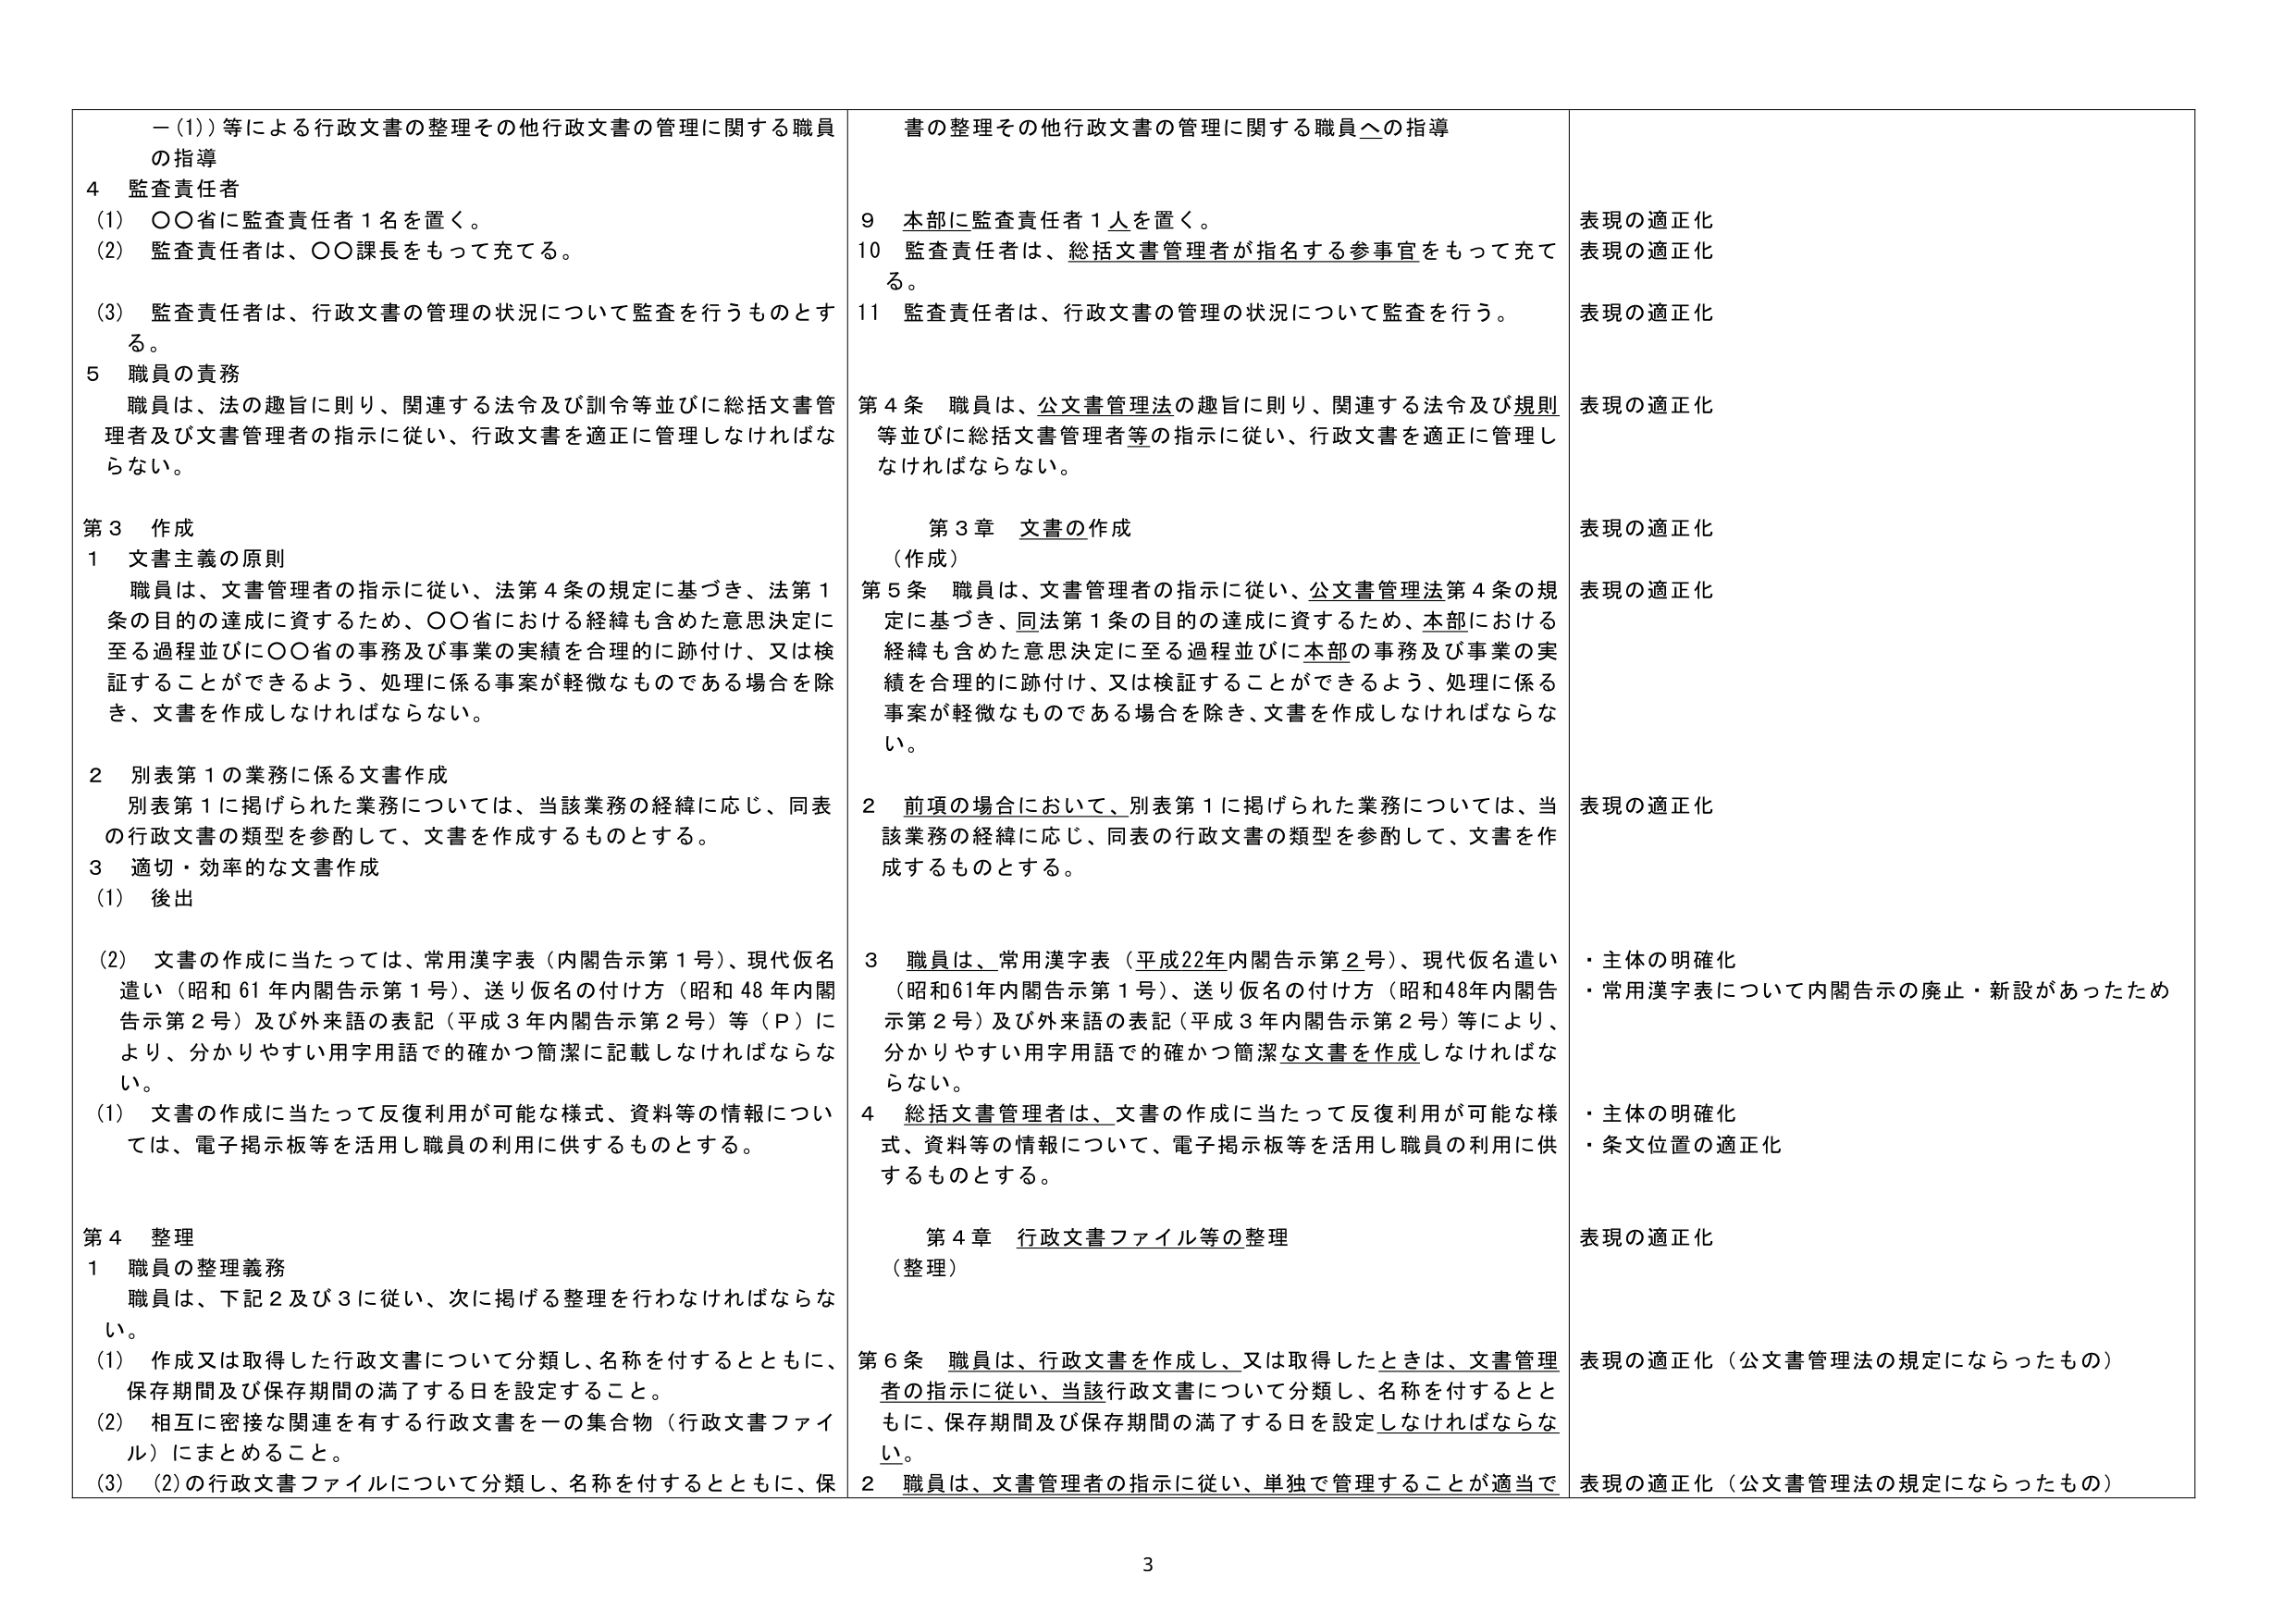
－(1)) 等による行政文書の整理その他行政文書の管理に関する職員の指導
4 監査責任者
(1) ○○省に監査責任者1名を置く。
(2) 監査責任者は、○○課長をもって充てる。
(3) 監査責任者は、行政文書の管理の状況について監査を行うものとする。
5 職員の責務
職員は、法の趣旨に則り、関連する法令及び訓令等並びに総括文書管理者及び文書管理者の指示に従い、行政文書を適正に管理しなければならない。

第3 作成
1 文書主義の原則
職員は、文書管理者の指示に従い、法第4条の規定に基づき、法第1条の目的の達成に資するため、○○省における経緯も含めた意思決定に至る過程並びに○○省の事務及び事業の実績を合理的に跡付け、又は検証することができるよう、処理に係る事案が軽微なものである場合を除き、文書を作成しなければならない。
2 別表第1の業務に係る文書作成
別表第1に掲げられた業務については、当該業務の経緯に応じ、同表の行政文書の類型を参酌して、文書を作成するものとする。
3 適切・効率的な文書作成
(1) 後出
(2) 文書の作成に当たっては、常用漢字表（内閣告示第1号）、現代仮名遣い（昭和61年内閣告示第1号）、送り仮名の付け方（昭和48年内閣告示第2号）及び外来語の表記（平成3年内閣告示第2号）等（P）により、分かりやすい用字用語で的確かつ簡潔に記載しなければならない。
(1) 文書の作成に当たって反復利用が可能な様式、資料等の情報については、電子掲示板等を活用し職員の利用に供するものとする。

第4 整理
1 職員の整理義務
職員は、下記2及び3に従い、次に掲げる整理を行わなければならない。
(1) 作成又は取得した行政文書について分類し、名称を付するとともに、保存期間及び保存期間の満了する日を設定すること。
(2) 相互に密接な関連を有する行政文書を一の集合物（行政文書ファイル）にまとめるこ と。
(3) (2)の行政文書ファイルについて分類し、名称を付するとともに、保

書の整理その他行政文書の管理に関する職員への指導
9 本部に監査責任者1人を置く。
10 監査責任者は、総括文書管理者が指名する参事官をもって充てる。
11 監査責任者は、行政文書の管理の状況について監査を行う。

第4条 職員は、公文書管理法の趣旨に則り、関連する法令及び規則等並びに総括文書管理者等の指示に従い、行政文書を適正に管理しなければならない。

第3章 文書の作成
（作成）
第5条 職員は、文書管理者の指示に従い、公文書管理法第4条の規定に基づき、同法第1条の目的の達成に資するため、本部における経緯も含めた意思決定に至る過程並びに本部の事務及び事業の実績を合理的に跡付け、又は検証することができるよう、処理に係る事案が軽微なものである場合を除き、文書を作成しなければならない。
2 前項の場合において、別表第1に掲げられた業務については、当該業務の経緯に応じ、同表の行政文書の類型を参酌して、文書を作成するものとする。
3 職員は、常用漢字表（平成22年内閣告示第2号）、現代仮名遣い（昭和61年内閣告示第1号）、送り仮名の付け方（昭和48年内閣告示第2号）及び外来語の表記（平成3年内閣告示第2号）等により、分かりやすい用字用語で的確かつ簡潔な文書を作成しなければならない。
4 総括文書管理者は、文書の作成に当たって反復利用が可能な様式、資料等の情報について、電子掲示板等を活用し職員の利用に供するものとする。

第4章 行政文書ファイル等の整理
（整理）
第6条 職員は、行政文書を作成し、又は取得したときは、文書管理者の指示に従い、当該行政文書について分類し、名称を付するとともに、保存期間及び保存期間の満了する日を設定しなければならない。
2 職員は、文書管理者の指示に従い、単独で管理することが適当で

表現の適正化
表現の適正化
表現の適正化
表現の適正化
表現の適正化
表現の適正化
・主体の明確化
・常用漢字表について内閣告示の廃止・新設があったため
・主体の明確化
・条文位置の適正化
表現の適正化
表現の適正化（公文書管理法の規定にならったもの）
表現の適正化（公文書管理法の規定にならったもの）

3